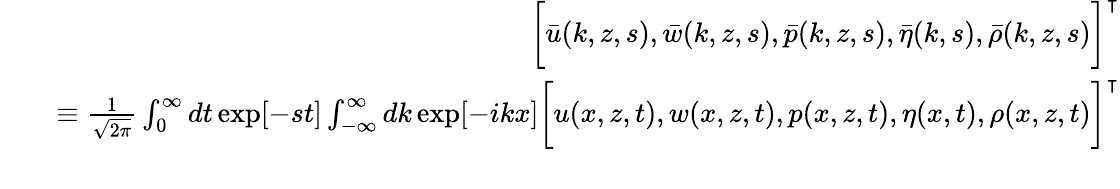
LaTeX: \begin{array}{rlr}&{}&{\bigg[\bar{u}(k,z,s),\bar{w}(k,z,s),\bar{p}(k,z,s),\bar{\eta}(k,s),\bar{\rho}(k,z,s)\bigg]^{\intercal}}\\ &{}&{\equiv\frac{1}{\sqrt{2\pi}}\int_{0}^{\infty}dt\exp[-st]\int_{-\infty}^{\infty}dk\exp[-ikx]\bigg[u(x,z,t),w(x,z,t),p(x,z,t),\eta(x,t),\rho(x,z,t)\bigg]^{\intercal}}\\ &{}&\end{array}